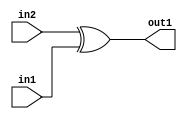
`timescale 1ps / 1ps
/*****************************************************************************
    Verilog RTL Description
    
    
    Created by: Stratus DpOpt 2019.1.01 
*******************************************************************************/

module GaussFilter_Xor_1Ux1U_1U_4 (
	in2,
	in1,
	out1
	); /* architecture "behavioural" */ 
input  in2,
	in1;
output  out1;
wire  asc001;

assign asc001 = 
	(in2)
	^(in1);

assign out1 = asc001;
endmodule

/* CADENCE  urfzQwo= : u9/ySgnWtBlWxVPRXgAZ4Og= ** DO NOT EDIT THIS LINE ******/